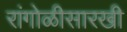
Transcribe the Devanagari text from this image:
रांगोळीसारखी